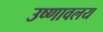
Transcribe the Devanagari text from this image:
उष्णावलय